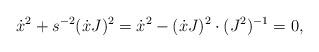
LaTeX: \begin{align*}\dot{x}^{2}+s^{-2}(\dot{x}J)^{2}=\dot{x}^{2}-(\dot{x}J)^{2}\cdot(J^{2})^{-1}=0,\end{align*}